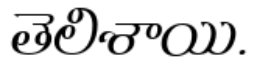
తెలిశాయి.